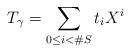
LaTeX: \begin{align*}T_\gamma = \sum_{0\leq i<\#S} t_i X^i\end{align*}